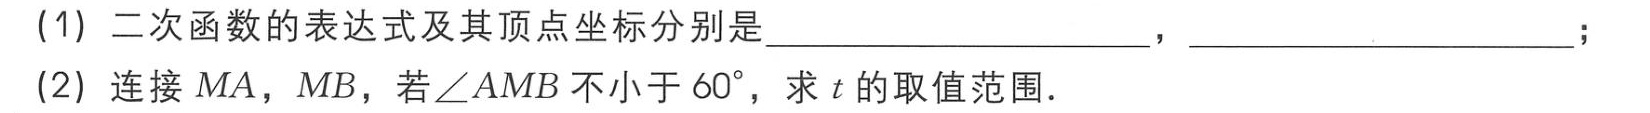
(1) 二次函数的表达式及其顶点坐标分别是  ，  ；

(2) 连接 \(MA\)，\(MB\)，若\(\angle AMB\)不小于 \(60^{\circ}\)，求 \(t\) 的取值范围．